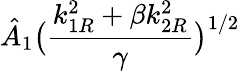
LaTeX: \displaystyle{\hat{A}_{1}\big(\frac{k_{1R}^{2}+\beta k_{2R}^{2}}{\gamma}\big)^{1/2}}